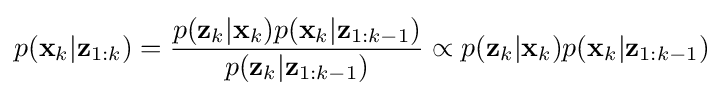
p({\textbf {x}}_{k}|{\textbf {z}}_{1:k})={\frac {p({\textbf {z}}_{k}|{\textbf {x}}_{k})p({\textbf {x}}_{k}|{\textbf {z}}_{1:k-1})}{p({\textbf {z}}_{k}|{\textbf {z}}_{1:k-1})}}\propto p({\textbf {z}}_{k}|{\textbf {x}}_{k})p({\textbf {x}}_{k}|{\textbf {z}}_{1:k-1})